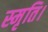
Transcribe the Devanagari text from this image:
स्मृति।